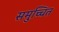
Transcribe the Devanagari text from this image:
समुच्चित